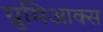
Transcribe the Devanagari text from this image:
ग्रुमिआक्स